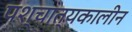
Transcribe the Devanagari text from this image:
पश्चात्यकालीन